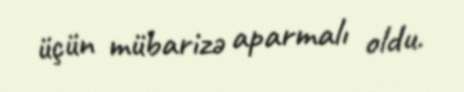
üçün mübarizə aparmalı oldu.